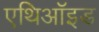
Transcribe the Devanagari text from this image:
एथिऑइड